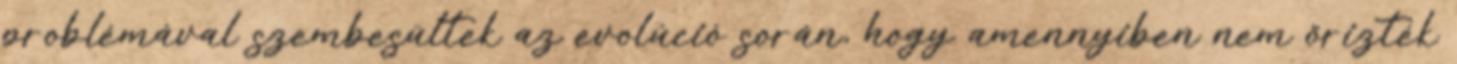
problémával szembesültek az evolúció során, hogy amennyiben nem őrizték